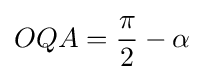
OQA={\frac {\pi }{2}}-\alpha